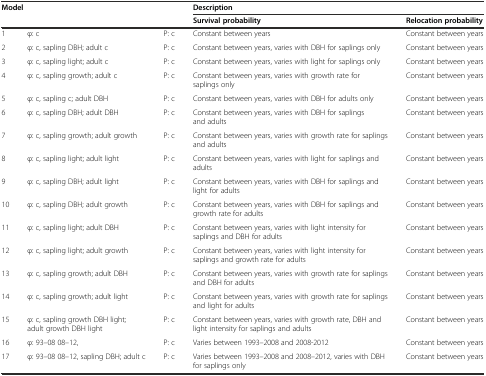
| <COLSPAN=3> Model | <COLSPAN=2> Description |
 |  |  |  | Survival probability | Relocation probability |
 | --- | --- | --- | --- | --- |
 | 1 | φ: c | P: c | Constant between years | Constant between years |
 | 2 | φ: c, sapling DBH; adult c | P: c | Constant between years, varies with DBH for saplings only | Constant between years |
 | 3 | φ: c, sapling light; adult c | P: c | Constant between years, varies with light for saplings only | Constant between years |
 | 4 | φ: c, sapling growth; adult c | P: c | Constant between years, varies with growth rate for saplings only | Constant between years |
 | 5 | φ: c, sapling c; adult DBH | P: c | Constant between years, varies with DBH for adults only | Constant between years |
 | 6 | φ: c, sapling DBH; adult DBH | P: c | Constant between years, varies with DBH for saplings and adults | Constant between years |
 | 7 | φ: c, sapling growth; adult growth | P: c | Constant between years, varies with growth rate for saplings and adults | Constant between years |
 | 8 | φ: c, sapling light; adult light | P: c | Constant between years, varies with light for saplings and adults | Constant between years |
 | 9 | φ: c, sapling DBH; adult light | P: c | Constant between years, varies with DBH for saplings and light for adults | Constant between years |
 | 10 | φ: c, sapling DBH; adult growth | P: c | Constant between years, varies with DBH for saplings and growth rate for adults | Constant between years |
 | 11 | φ: c, sapling light; adult DBH | P: c | Constant between years, varies with light intensity for saplings and DBH for adults | Constant between years |
 | 12 | φ: c, sapling light; adult growth | P: c | Constant between years, varies with light intensity for saplings and growth rate for adults | Constant between years |
 | 13 | φ: c, sapling growth; adult DBH | P: c | Constant between years, varies with growth rate for saplings and DBH for adults | Constant between years |
 | 14 | φ: c, sapling growth; adult light | P: c | Constant between years, varies with growth rate for saplings and light for adults | Constant between years |
 | 15 | φ: c, sapling growth DBH light; adult growth DBH light | P: c | Constant between years, varies with growth rate, DBH and light intensity for saplings and adults | Constant between years |
 | 16 | φ: 93–08 08–12, | P: c | Varies between 1993–2008 and 2008-2012 | Constant between years |
 | 17 | φ: 93–08 08–12, sapling DBH; adult c | P: c | Varies between 1993–2008 and 2008–2012, varies with DBH for saplings only | Constant between years |